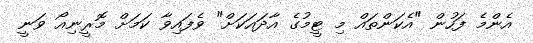
އެންމެ ފަހުން "އެކަންތައް މި ޓީމުގެ އާދައަކަށް" ވެފައިވާ ކަމަށް މޮރީނިއޯ ވަނީ